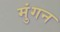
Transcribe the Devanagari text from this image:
मुंगन